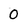
Character: 0